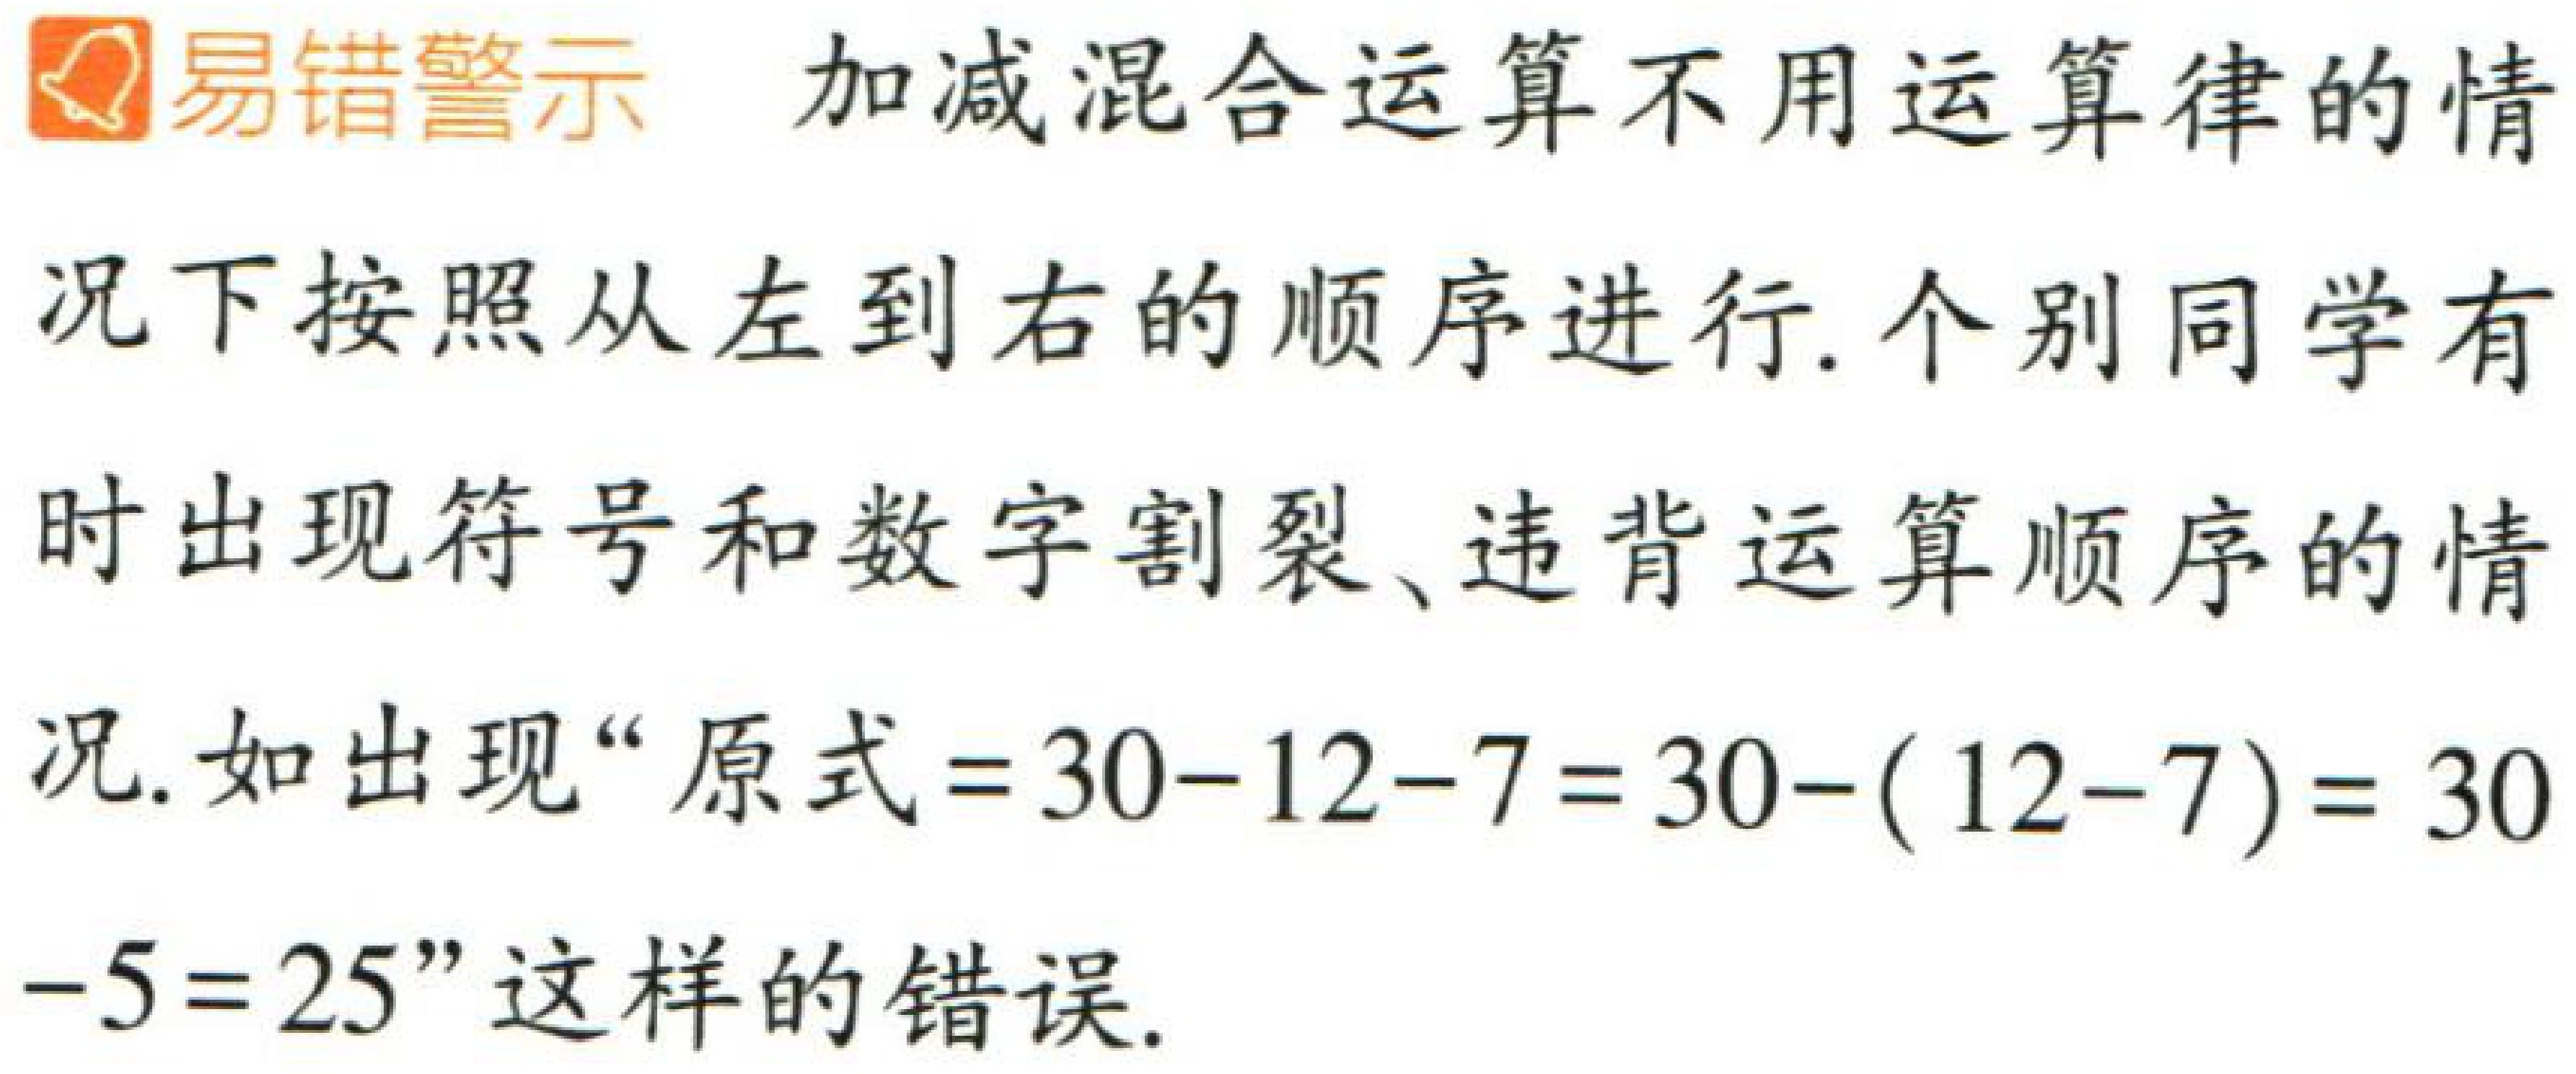
易错警示 加减混合运算不用运算律的情况下按照从左到右的顺序进行. 个别同学有时出现符号和数字割裂、违背运算顺序的情况. 如出现“原式\(=30 - 12 - 7=30-(12 - 7)=30-5 = 25\)”这样的错误.